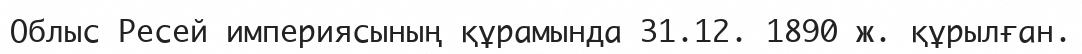
Облыс Ресей империясының құрамында 31.12. 1890 ж. құрылған.